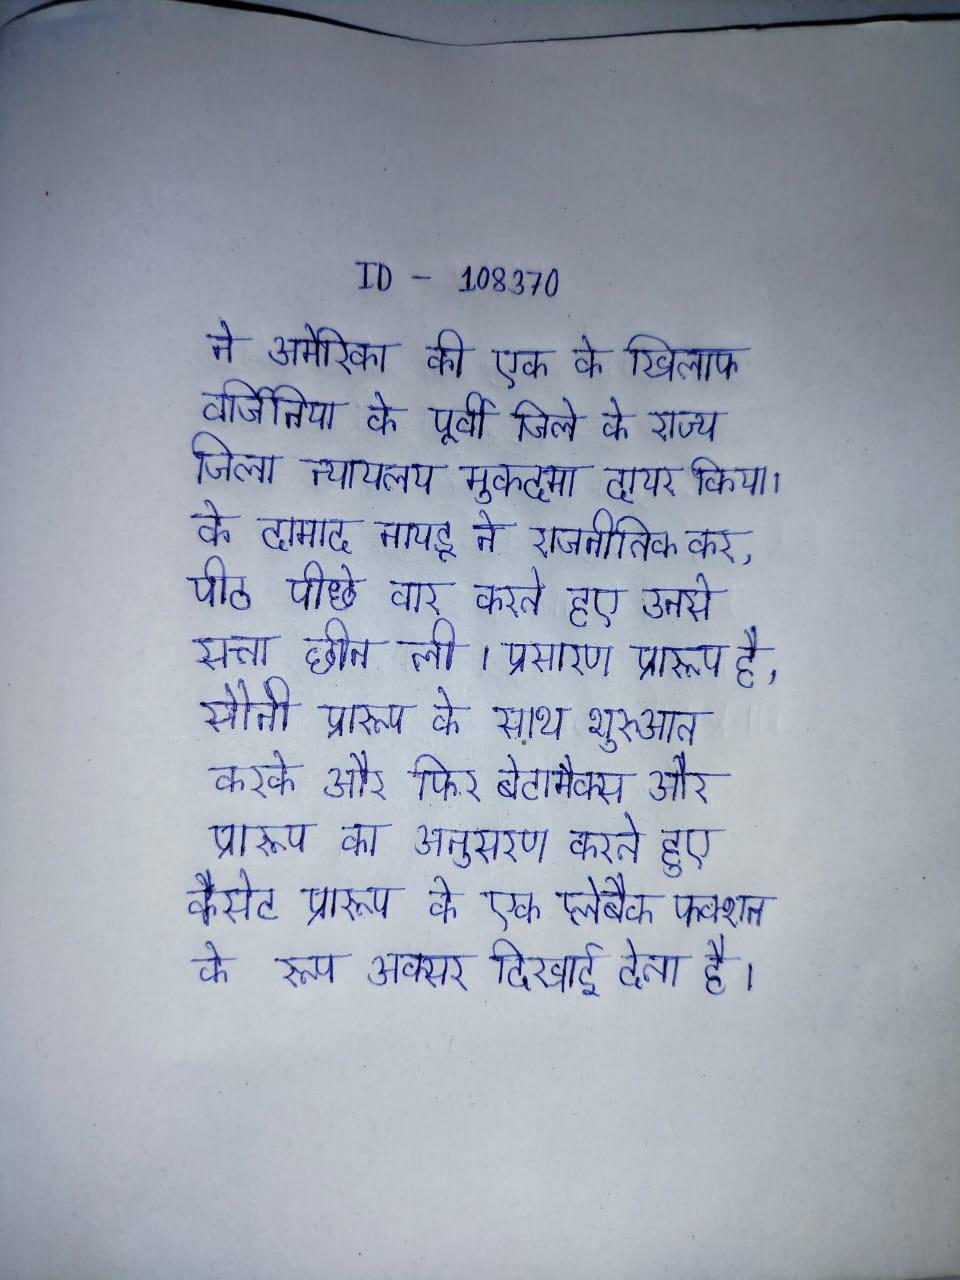
ने अमेरिका की एक के खिलाफ वर्जिनिया के पूर्वी जिले के राज्य जिला न्यायलय मुकदमा दायर किया । के दामाद नायडू ने राजनीतिक कर, पीठ पीछे वार करते हुए उनसे सत्ता छीन ली । प्रणाली, जबकि प्रसारण प्रारूप है, सोनी प्रारूप के साथ शुरुआत करके और फिर बेटामैक्स और प्रारूप का अनुसरण करते हुए कैसेट प्रारूप के एक प्लेबैक फक्शन के रूप अक्सर दिखाई देता है ।